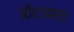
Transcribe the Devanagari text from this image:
प्लॉटडाटा